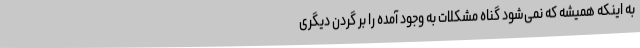
به اینکه همیشه که نمی‌شود گناه مشکلات به وجود آمده را بر گردن دیگری